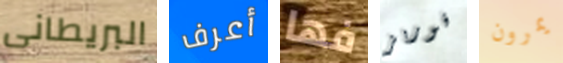
البريطانى أعرف فها فوربز يمرون